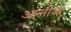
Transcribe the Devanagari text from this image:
आलीजा